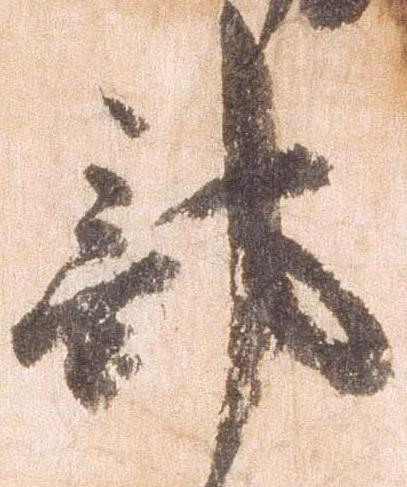
部